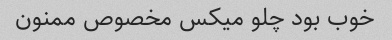
خوب بود چلو میکس مخصوص ممنون